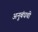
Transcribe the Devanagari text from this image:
अनुबंधची